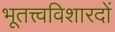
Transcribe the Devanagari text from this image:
भूतत्त्वविशारदों